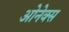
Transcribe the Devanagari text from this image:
ओनेक्स